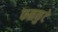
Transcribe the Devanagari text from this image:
फळकुटे